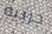
جربيه